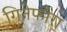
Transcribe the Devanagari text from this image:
गिनेफोरा